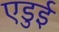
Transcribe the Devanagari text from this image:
एडुई